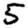
Digit: 5